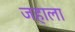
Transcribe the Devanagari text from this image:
जहाला